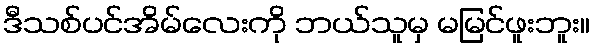
ဒီသစ်ပင်အိမ်လေးကို ဘယ်သူမှ မမြင်ဖူးဘူး။